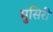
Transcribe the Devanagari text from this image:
मुसिरी